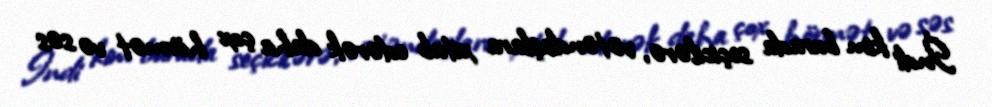
İndi kim burada seçicilərə, vətəndaşlara xitab edərək daha çox hörmət və səs